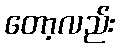
တော့လည်း